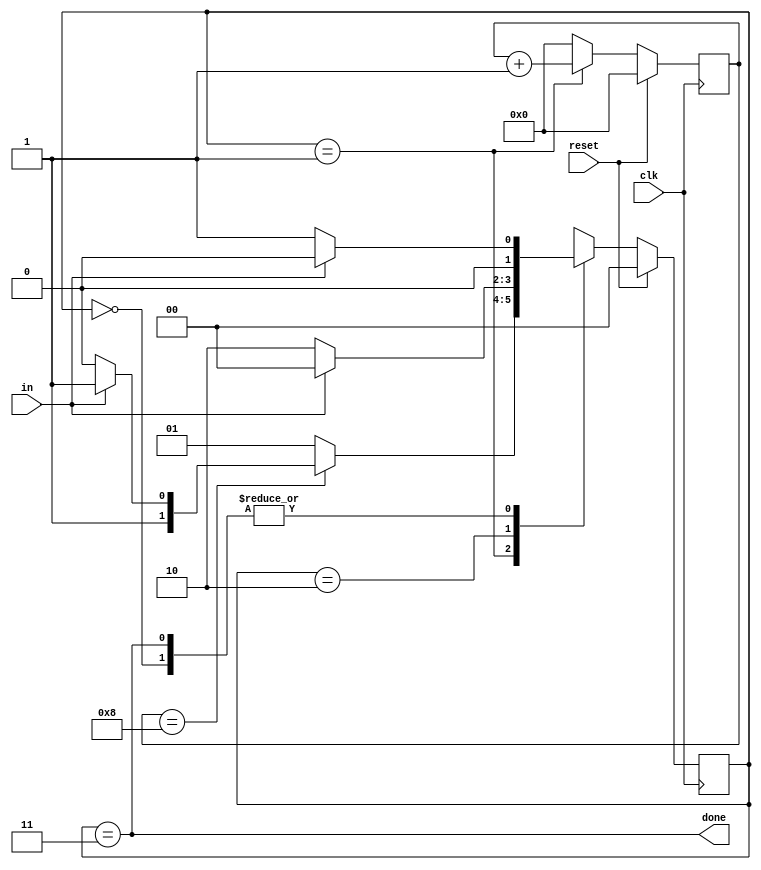
module top_module (
    input                   clk     ,
    input                   in      ,
    input                   reset   ,
    output                  done
);

    parameter       IDLE = 0,
                    READ = 1,
                    ERR  = 2,
                    DONE = 3;

    reg             [1 : 0] curr_state, next_state;
    reg             [3 : 0] cnt;

    always @ (posedge clk) begin
        if (reset)  curr_state <= IDLE;
        else        curr_state <= next_state;
    end

    always @ (posedge clk) begin
        if (reset)                      cnt <= 4'h0;
        else if (curr_state == READ)    cnt <= cnt + 1'b1;
        else                            cnt <= 4'h0;
    end

    always @ (*) begin
        case (curr_state)
            IDLE    :   if (in) next_state = IDLE;
                        else    next_state = READ;
            READ    :   begin
                            if (cnt == 4'd8) begin
                                if (in) next_state = DONE;
                                else    next_state = ERR;
                            end
                            else        next_state = READ;
                        end            
            ERR     :   if (in) next_state = IDLE;
                        else    next_state = ERR;
            DONE    :   if (in) next_state = IDLE;
                        else    next_state = READ;
        endcase
    end

    assign done = (curr_state == DONE);

endmodule